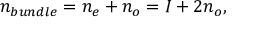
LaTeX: n _ { b u n d l e } = n _ { e } + n _ { o } = { \cal I } + 2 n _ { o } ,